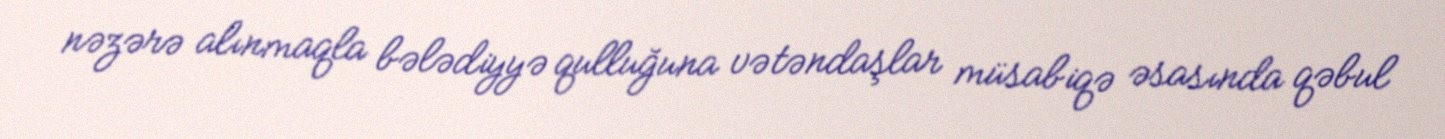
nəzərə alınmaqla bələdiyyə qulluğuna vətəndaşlar müsabiqə əsasında qəbul